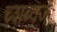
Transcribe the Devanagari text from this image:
च्शब्दज्